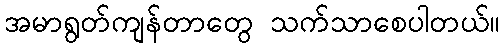
အမာရွတ်ကျန်တာတွေ သက်သာစေပါတယ်။